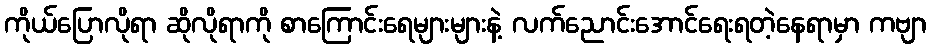
ကိုယ်ပြောလိုရာ ဆိုလိုရာကို စာကြောင်းရေများများနဲ့ လက်ညောင်းအောင်ရေးရတဲ့နေရာမှာ ကဗျာ